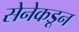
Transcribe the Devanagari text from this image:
सेनेकडून